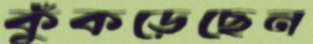
কুঁকড়েছেন